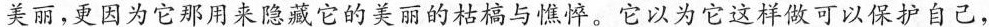
美丽，更因为它那用来隐藏它的美丽的枯槁与憔悴。它以为它这样做可以保护自己，